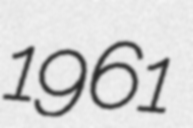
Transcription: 1961